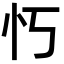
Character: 𫹫